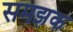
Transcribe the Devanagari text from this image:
समझक